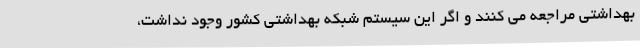
بهداشتی مراجعه می کنند و اگر این سیستم شبکه بهداشتی کشور وجود نداشت،